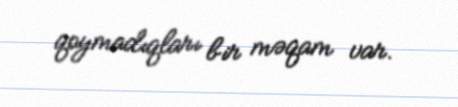
qoymadıqları bir məqam var.